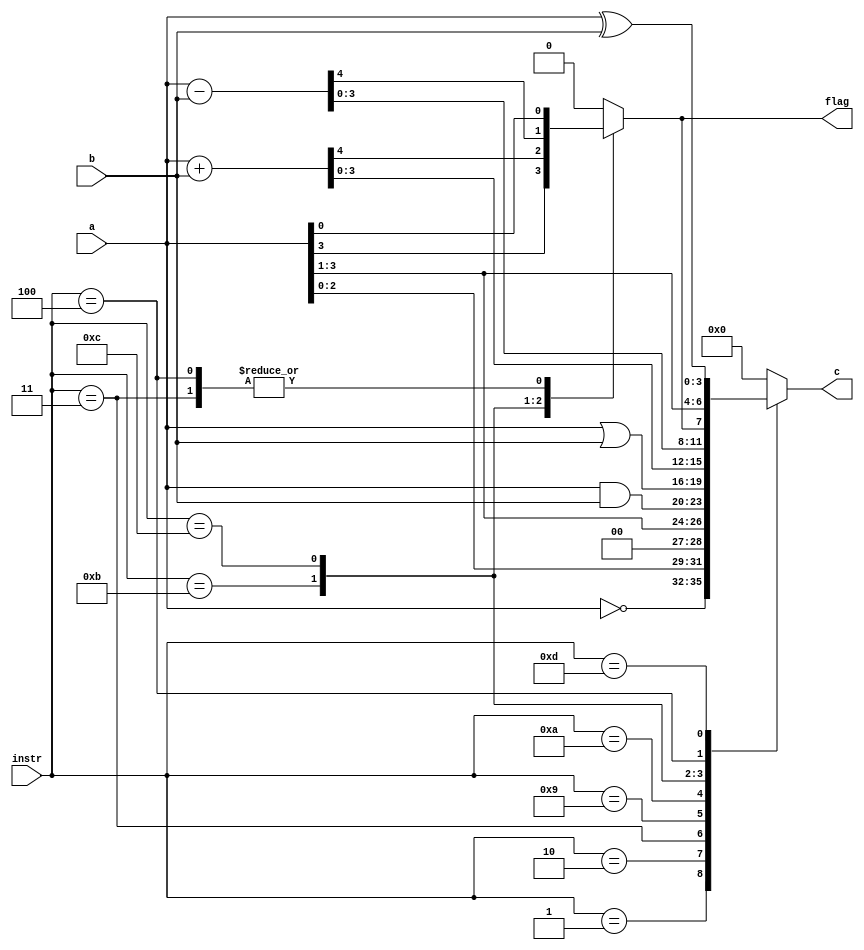
module ALU
#(parameter DATA_WIDTH = 4, COMAND_WIDTH = 4)
(
   output reg [(DATA_WIDTH-1):0] c,
	output reg flag,
	input [(COMAND_WIDTH-1):0] instr,
	input [(DATA_WIDTH-1):0] a, b
);
parameter
NOP = 	4'b0000,
NOT = 	4'b0001,
LSHIFT = 4'b0010,
RSHIFT = 4'b0011,
RCSHIFT = 4'b0100, /*        */
LAND = 	4'b1001,
LOR = 	4'b1010,
ADD = 	4'b1011,
SUB = 	4'b1100,
XOR = 	4'B1101; /*    xor */

always @ (*)
begin
	case (instr)
		NOP: {flag,c} = 0; 				
		NOT: {flag, c} = {1'b0, ~a}; 		
		LSHIFT: {flag, c} = {a, 1'b0};		
		RSHIFT: {c, flag} = {1'b0, a};		
		LAND: {flag, c} = {1'b0, a & b}; 
		LOR: {flag, c} = {1'b0, a | b};
		ADD: {flag, c} = a+b; 
		SUB: {flag, c} = a-b; 
		RCSHIFT: {c, flag} = {flag, a};
		XOR: {flag, c} = {1'b0, a ^ b};
		default: {flag, c} = {DATA_WIDTH+1{1'b0}}; 
   endcase	
end
endmodule

module FSM_Moore (
input clk, reset, input in, 
output reg [2:0] out, 
output wire [1:0] w_state);// 

	parameter S0=2'b00, S1=2'b01, S2=2'b10, S3=2'b11;
	parameter Y0=3'b000, Y1=3'b010, Y2=3'b001, Y3=3'b100;
	reg [1:0] state;
	assign w_state = state;// 

	always @ (state)
	begin
			case (state)
				S1: out = Y1;
				S2: out = Y2;
				S3: out = Y3;
				default: out = Y0;
			endcase
	end
	
	always @ (posedge clk) begin // 
	if (!reset)
		state <= S0;
	else
		if (in)
			begin
				case (state)
					S0: state <= S1;
					S1: state <= S2;
					S2: state <= S3;
					default:
						state <= S0;
				endcase
			end
	end
endmodule

module RAM
#(parameter DATA_WIDTH = 4, ADDR_WIDTH = 1)
(
	input clk, wr_re_a, wr_re_b, wr_alu, clr,
	input [(DATA_WIDTH-1):0] data, data_alu,
	output reg [(DATA_WIDTH-1):0] q_a, q_b
);


reg [(DATA_WIDTH-1):0] ram [2**ADDR_WIDTH-1:0];

initial
begin
	ram[2'b00] = 4'b0000;
	ram[2'b01] = 4'b0000;
end

always @(posedge clk)
begin
	if(~clr)
	begin
		q_a <= {DATA_WIDTH{1'b0}};
		q_b <= {DATA_WIDTH{1'b0}};
	end
	else
		if (wr_re_a)
			ram [2'b00] = data;
		if (wr_re_b)
			ram [2'b01] = data;
		if (wr_alu)
			ram [2'b00] = data_alu;
		begin
			q_a <= ram [2'b00];
			q_b <= ram [2'b01];
		end
end
endmodule

module PR10
#(parameter DATA_WIDTH=4, ADDR_WIDTH=1, COMAND_WIDTH=4)
(
input clk, reset, ready,
input [(COMAND_WIDTH-1):0] instr,
input [(DATA_WIDTH-1):0] data,
//  
output [2:0] out_fsm,
output [(DATA_WIDTH-1):0] out_a, out_b, out_alu,
output f
);

//wire [2:0] out_fsm;
//wire [DATA_WIDTH-1:0] out_a, out_b, out_alu;

FSM_Moore fsm
	(.clk(clk), .reset(reset), .in(ready), .out(out_fsm));
RAM #(.DATA_WIDTH(DATA_WIDTH), .ADDR_WIDTH(ADDR_WIDTH)) ram
	(.clk(clk), .wr_re_a(out_fsm[1]), .wr_re_b(out_fsm[0]), .wr_alu(out_fsm[2]),
	.clr(reset), .data_alu(out_alu), .data(data), .q_a(out_a), .q_b(out_b));
ALU #(.DATA_WIDTH(DATA_WIDTH), .COMAND_WIDTH(COMAND_WIDTH)) alu
	(.c(out_alu), .flag(f), .instr(instr), .a(out_a), .b(out_b));
endmodule